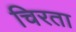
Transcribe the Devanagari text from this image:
चिरता